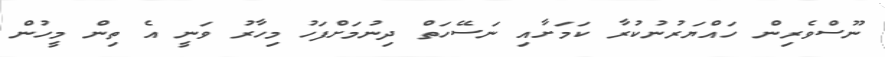
ނޫސްވެރިން ހައްޔަރުނުކުރާ ކަމަށާއި ނަސޭހަތް ދިނުމަށްފަހު މިހާރު ވަނީ އެ ތިން މީހުން